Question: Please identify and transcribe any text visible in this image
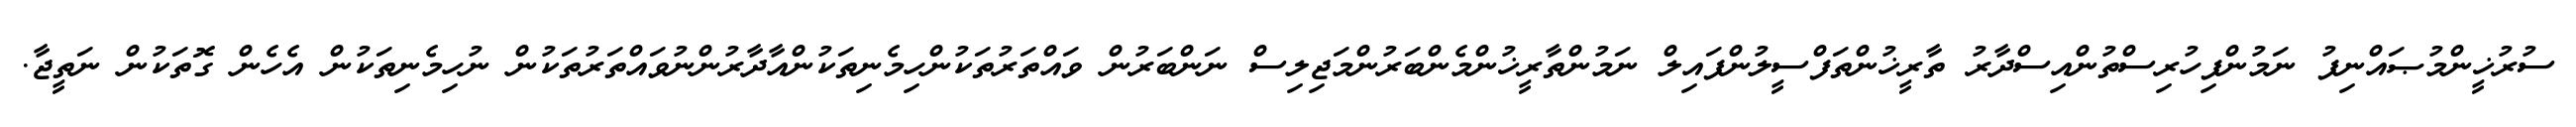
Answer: ސުރުޚީންމުޞައްނިފު ނަމުންފިހުރިސްތުންއިސްދާރު ތާރީޚުންތަފްސީލުންފައިލް ނަމުންތާރީޚުންމެންބަރުންމަޖިލިސް ނަންބަރުން ވައްތަރުތަކުންހިމެނިތަކުންއާދާރުންނުވައްތަރުތަކުން ނުހިމެނިތަކުން އެހެން ގޮތަކުން ނަތީޖާ.